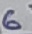
Text: 6